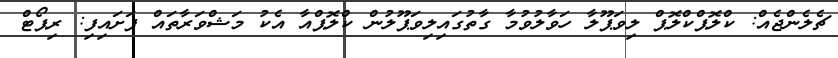
ޗެލެންޖެއް: ކްލޮޕްކްލޮޕް ލިވަޕޫލާ ހަވާލުވުމާ ގާތުގައިލިވަޕޫލުން ކްލޮޕްއާ އެކު މަޝްވަރާތައް ފަށައިފި: ރިޕޯޓް